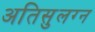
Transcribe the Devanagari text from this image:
अतिसुलग्न